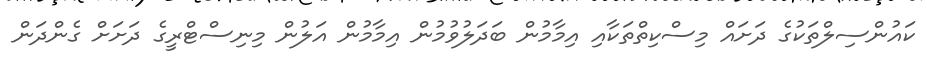
ކައުންސިލްތަކުގެ ދަށައް މިސްކިތްތަކާއި އިމާމުން ބަދަލުވުމުން އިމާމުން އަލުން މިނިސްޓްރީގެ ދަށަށް ގެންދަން